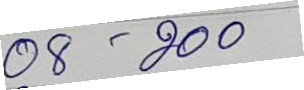
08 - 200